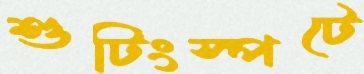
শুটিংস্পটে